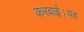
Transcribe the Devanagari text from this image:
करवाई।यह